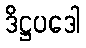
ဒိဋ္ဌပဒေါ